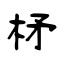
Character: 柕